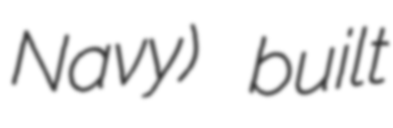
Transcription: Navy) built